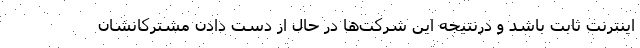
اینترنت ثابت باشد و درنتیجه این شرکت‌ها در حال از دست دادن مشترکانشان